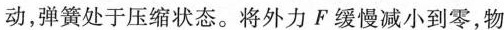
动，弹簧处于压缩状态。将外力F缓慢减小到零，物体